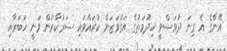
އޭނާގެ އެ ގިނަ ދުވަސްވީ ޚިދުމަތުގެ އަގުވަޒަން ކުރައްވައި ސަރުކާރުން ވަނީ ޚަބަރާއި